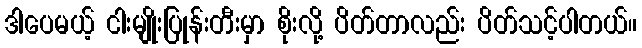
ဒါပေမယ့် ငါးမျိုးပြုန်းတီးမှာ စိုးလို့ ပိတ်တာလည်း ပိတ်သင့်ပါတယ်။